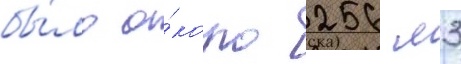
бы́ло о́коло 256 м3